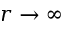
r \rightarrow \infty